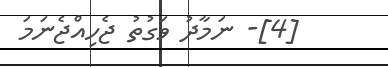
[4]- ނަމާދު ވަގުތު ޖެހިއްޖެނަމަ